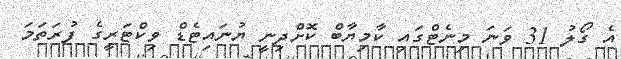
އެ ގޯލު 31 ވަނަ މިނެޓްގައި ކާމިޔާބް ކޮށްދިނީ ޔުނައިޓެޑް ވިކްޓަރީގެ ފުރަތަމަ